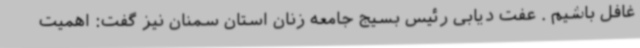
غافل باشیم . عفت دیابی رئیس بسیج جامعه زنان استان سمنان نیز گفت: اهمیت